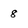
Character: 8